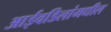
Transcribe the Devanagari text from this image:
आईवडिलांमधील